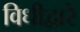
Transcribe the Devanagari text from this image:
विधीद्वारे